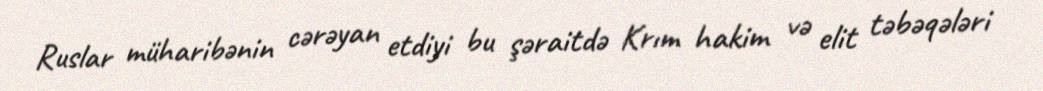
Ruslar müharibənin cərəyan etdiyi bu şəraitdə Krım hakim və elit təbəqələri